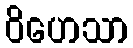
ဝိဟေသာ